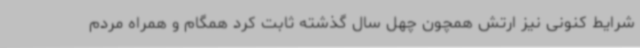
شرایط کنونی نیز ارتش همچون چهل سال گذشته ثابت کرد همگام و همراه مردم